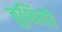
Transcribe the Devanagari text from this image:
बुशिदो